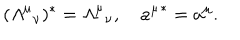
LaTeX: ( { { \mit \Lambda } ^ { \mu } } _ { \nu } ) ^ { * } = { { \mit \Lambda } ^ { \mu } } _ { \nu } , \quad { a ^ { \mu } } ^ { * } = a ^ { \mu } .